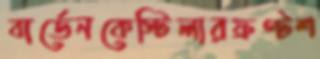
বার্ডেনকেস্টিলারফ্রণ্টশ